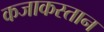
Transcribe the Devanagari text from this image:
कजाकस्तान